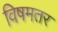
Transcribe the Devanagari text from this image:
विषमतर